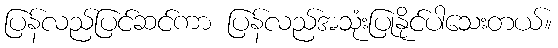
ပြန်လည်ပြင်ဆင်ကာ ပြန်လည်အသုံးပြုနိုင်ပါသေးတယ်။